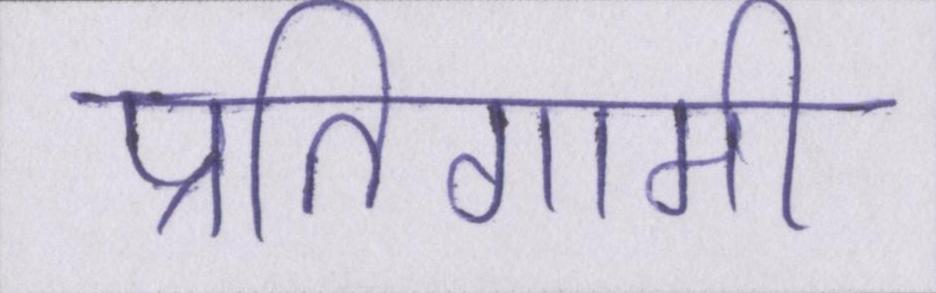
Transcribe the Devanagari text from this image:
प्रतिगामी